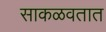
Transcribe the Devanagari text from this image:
साकळवतात